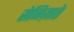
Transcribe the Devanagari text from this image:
सेनिज़ाते